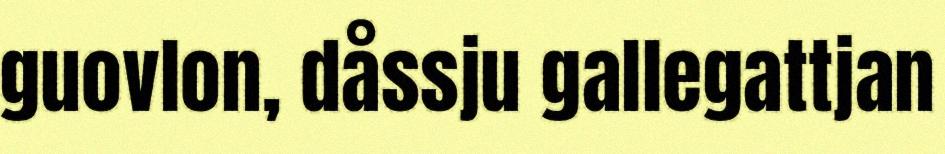
guovlon, dåssju gallegattjan